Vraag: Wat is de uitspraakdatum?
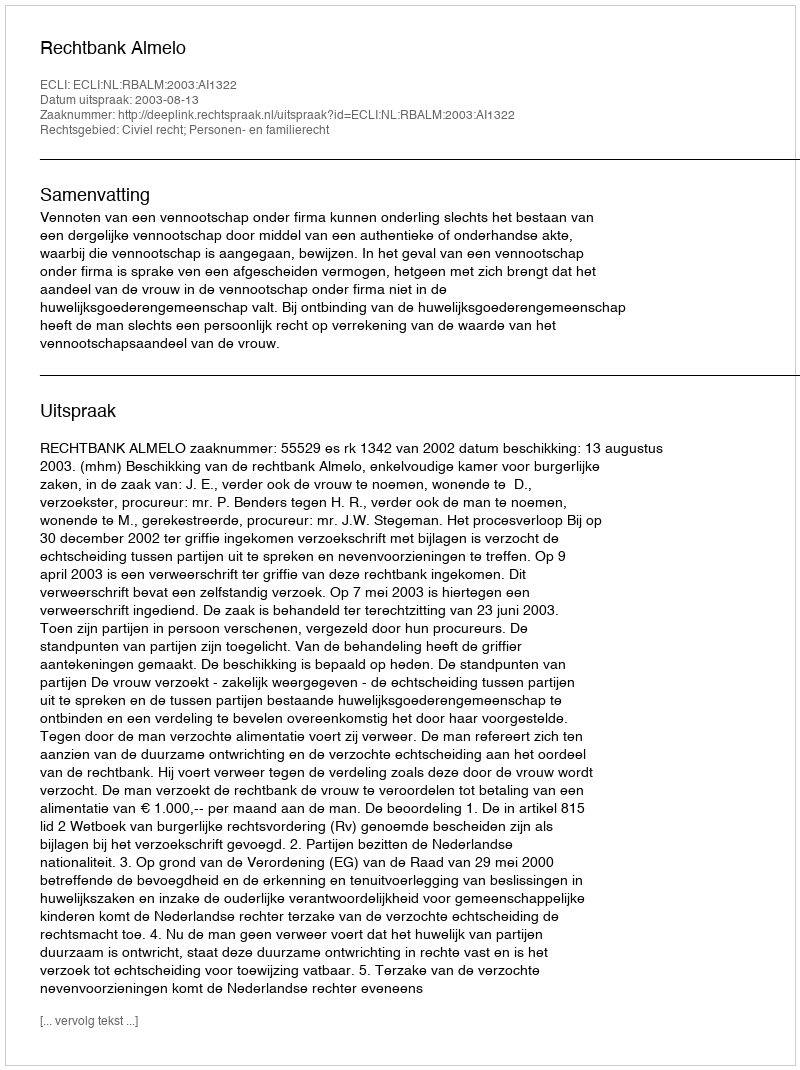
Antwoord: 2003-08-13